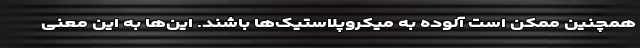
همچنین ممکن است آلوده به میکروپلاستیک‌ها باشند. این‌ها به این معنی